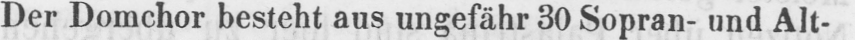
Der Domchor besteht aus ungefähr 30 Sopran- und Alt-